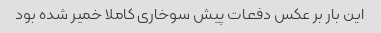
این بار بر عکس دفعات پیش سوخاری کاملا خمیر شده بود